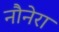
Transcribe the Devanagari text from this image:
नौनेरा